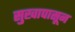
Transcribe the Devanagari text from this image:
सुखापासून